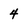
Character: 4